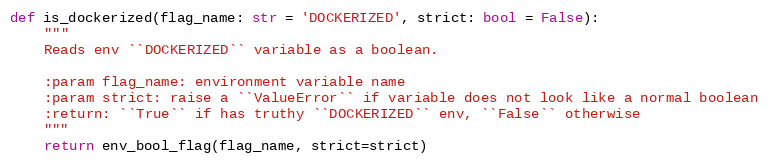
Language: Python
def is_dockerized(flag_name: str = 'DOCKERIZED', strict: bool = False):
    """
    Reads env ``DOCKERIZED`` variable as a boolean.

    :param flag_name: environment variable name
    :param strict: raise a ``ValueError`` if variable does not look like a normal boolean
    :return: ``True`` if has truthy ``DOCKERIZED`` env, ``False`` otherwise
    """
    return env_bool_flag(flag_name, strict=strict)